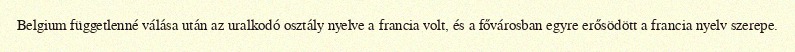
Belgium függetlenné válása után az uralkodó osztály nyelve a francia volt, és a fővárosban egyre erősödött a francia nyelv szerepe.